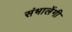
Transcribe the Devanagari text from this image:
संभालेंगी